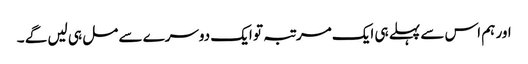
اور ہم اس سے پہلے ہی ایک مرتبہ تو ایک دوسرے سے مل ہی لیں گے ۔